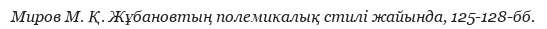
Миров М. Қ. Жұбановтың полемикалық стилі жайында, 125-128-бб.